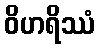
ဝိဟရိဿံ